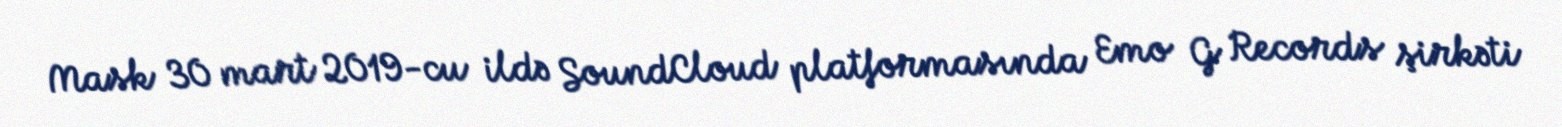
Mask 30 mart 2019-cu ildə SoundCloud platformasında Emo G Records şirkəti